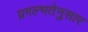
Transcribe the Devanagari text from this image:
प्रगल्भतेनुसार